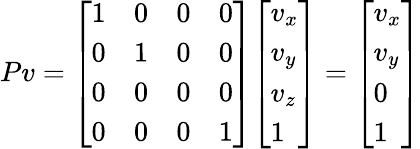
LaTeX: Pv={\left[\begin{array}{llll}{1}&{0}&{0}&{0}\\ {0}&{1}&{0}&{0}\\ {0}&{0}&{0}&{0}\\ {0}&{0}&{0}&{1}\end{array}\right]}{\left[\begin{array}{l}{v_{x}}\\ {v_{y}}\\ {v_{z}}\\ {1}\end{array}\right]}={\left[\begin{array}{l}{v_{x}}\\ {v_{y}}\\ {0}\\ {1}\end{array}\right]}